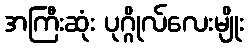
အကြီးဆုံး ပုဂ္ဂိုလ်လေးမျိုး